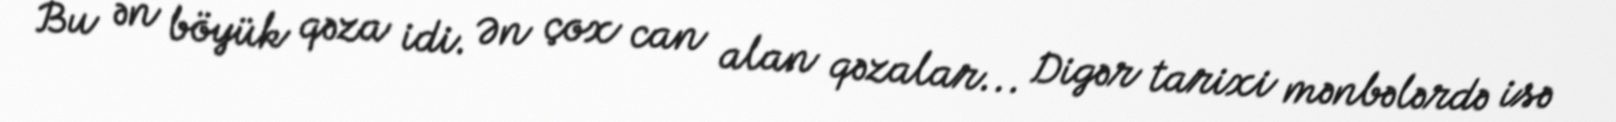
Bu ən böyük qəza idi. Ən çox can alan qəzalar... Digər tarixi mənbələrdə isə